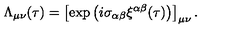
\Lambda _ { \mu \nu } ( \tau ) = \left[ \exp \left( i \sigma _ { \alpha \beta } \xi ^ { \alpha \beta } ( \tau ) \right) \right] _ { \mu \nu } .